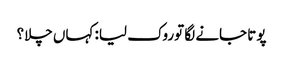
پوتا جانے لگا توروک لیا: کہاں چلا؟